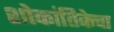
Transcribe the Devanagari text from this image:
शोकांतिकेचा